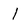
Character: 1